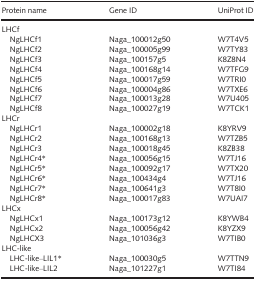
<table><thead><tr><td><b>Protein name</b></td><td><b>Gene ID</b></td><td><b>UniProt ID</b></td></tr></thead><tbody><tr><td colspan="3">LHCf</td></tr><tr><td>NgLHCf1</td><td>Naga_100012g50</td><td>W7T4V5</td></tr><tr><td>NgLHCf2</td><td>Naga_100005g99</td><td>W7TY83</td></tr><tr><td>NgLHCf3</td><td>Naga_100157g5</td><td>K8Z8N4</td></tr><tr><td>NgLHCf4</td><td>Naga_100168g14</td><td>W7TFG9</td></tr><tr><td>NgLHCf5</td><td>Naga_100017g59</td><td>W7TRI0</td></tr><tr><td>NgLHCf6</td><td>Naga_100004g86</td><td>W7TXE6</td></tr><tr><td>NgLHCf7</td><td>Naga_100013g28</td><td>W7U405</td></tr><tr><td>NgLHCf8</td><td>Naga_100027g19</td><td>W7TCK1</td></tr><tr><td colspan="3">LHCr</td></tr><tr><td>NgLHCr1</td><td>Naga_100002g18</td><td>K8YRV9</td></tr><tr><td>NgLHCr2</td><td>Naga_100168g13</td><td>W7TZB5</td></tr><tr><td>NgLHCr3</td><td>Naga_100018g45</td><td>K8ZB38</td></tr><tr><td>NgLHCr4*</td><td>Naga_100056g15</td><td>W7TJ16</td></tr><tr><td>NgLHCr5*</td><td>Naga_100092g17</td><td>W7TX20</td></tr><tr><td>NgLHCr6*</td><td>Naga_100434g4</td><td>W7TJ16</td></tr><tr><td>NgLHCr7*</td><td>Naga_100641g3</td><td>W7T8I0</td></tr><tr><td>NgLHCr8*</td><td>Naga_100017g83</td><td>W7UAI7</td></tr><tr><td colspan="3">LHCx</td></tr><tr><td>NgLHCx1</td><td>Naga_100173g12</td><td>K8YWB4</td></tr><tr><td>NgLHCx2</td><td>Naga_100056g42</td><td>K8YZX9</td></tr><tr><td>NgLHCX3</td><td>Naga_101036g3</td><td>W7TIB0</td></tr><tr><td colspan="3">LHC‐like</td></tr><tr><td>LHC‐like–LIL1*</td><td>Naga_100030g5</td><td>W7TTN9</td></tr><tr><td>LHC‐like–LIL2</td><td>Naga_101227g1</td><td>W7TI84</td></tr></tbody></table>